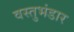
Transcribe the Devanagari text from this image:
वस्तुभंडार